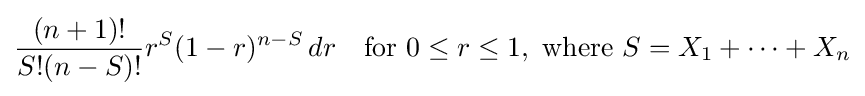
{\frac {(n+1)!}{S!(n-S)!}}r^{S}(1-r)^{n-S}\,dr\quad {\text{for }}0\leq r\leq 1,{\text{ where }}S=X_{1}+\cdots +X_{n}